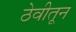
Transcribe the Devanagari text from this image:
ठेवीतून